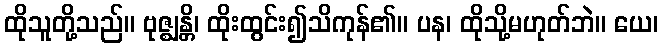
ထိုသူတို့သည်။ ဗုဇ္ဈန္တိ၊ ထိုးထွင်း၍သိကုန်၏။ ပန၊ ထိုသို့မဟုတ်ဘဲ။ ယေ၊